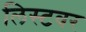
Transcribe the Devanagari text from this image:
लिस्टवर